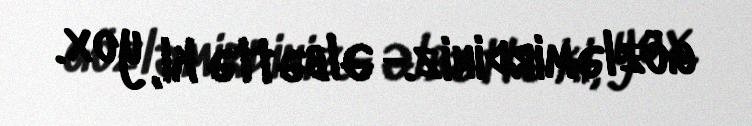
gözləmirdiniz.- Əlbəttə ki, yox.